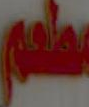
معلم